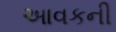
આવકની